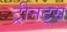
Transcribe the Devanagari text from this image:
ट्रीनट्स